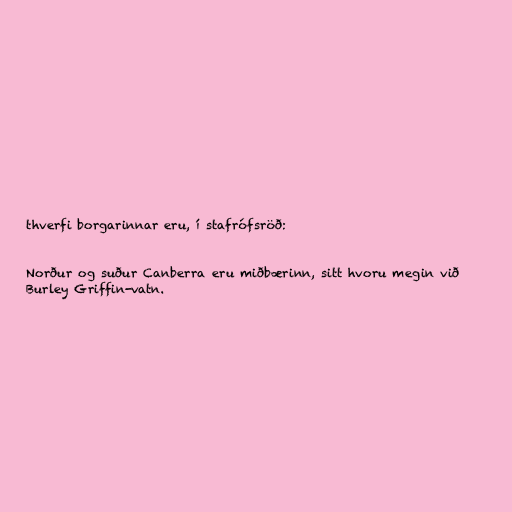
thverfi borgarinnar eru, í stafrófsröð:

Norður og suður Canberra eru miðbærinn, sitt hvoru megin við
Burley Griffin-vatn.